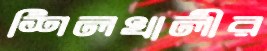
শিলখালীর